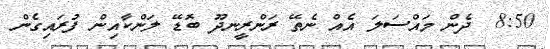
8:50  ދެން މައްސަލަ އެއް ނެތޭ ރަންރީނދޫ ބޮޑޭ ލަންކާއިން ފުރައިގެން